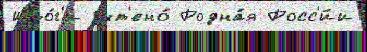
Ито́г'и учт'ено́ Родна́я Росс'и́и